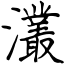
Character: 灇